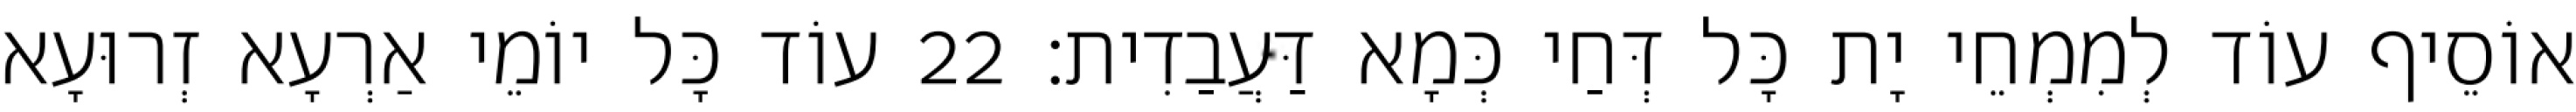
אוֹסֵיף עוֹד לְמִמְחֵי יָת כָּל דְּחַי כְּמָא דַּעֲבַדִית׃ 22 עוֹד כָּל יוֹמֵי אַרְעָא זְרוּעָא